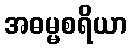
အဓမ္မစရိယာ